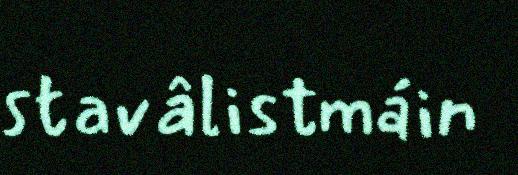
stavâlistmáin